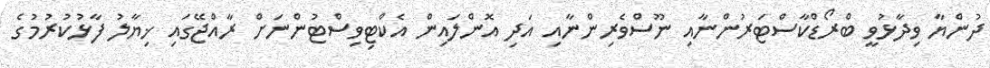
ދުންޔާ ވިދާޅުވީ ބްރޯޑްކާސްޓަރުންނާއި ނޫސްވެރިންނާއި އަދި އޮންލައިން އެކްޓިވިސްޓުންނަށް ރާއްޖޭގައި ޚިޔާލު ފާޅުކުރުމުގެ